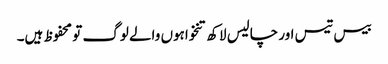
بیس تیس اور چالیس لاکھ تنخواہوں والے لوگ تو محفوظ ہیں۔